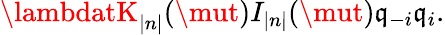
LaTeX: \lambdatK_{\left|n\right|}(\mut)I_{\left|n\right|}(\mut)\mathfrak{q}_{-i}\mathfrak{q}_{i}.